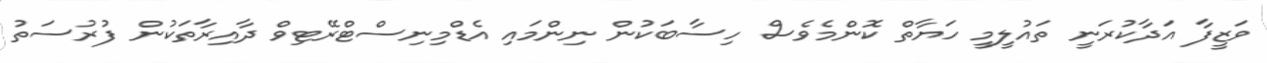
ވަޒީފާ އަދާކުރަނީ ތައުލީމީ ހަޔާތް ކޮންމެވެސް ހިސާބަކުން ނިންމައި އެޑްމިނިސްޓްރޭޓިވް ދާއިރާތަކުން ފުރުސަތު